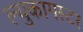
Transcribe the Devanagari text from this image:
ल्युकागस्टर